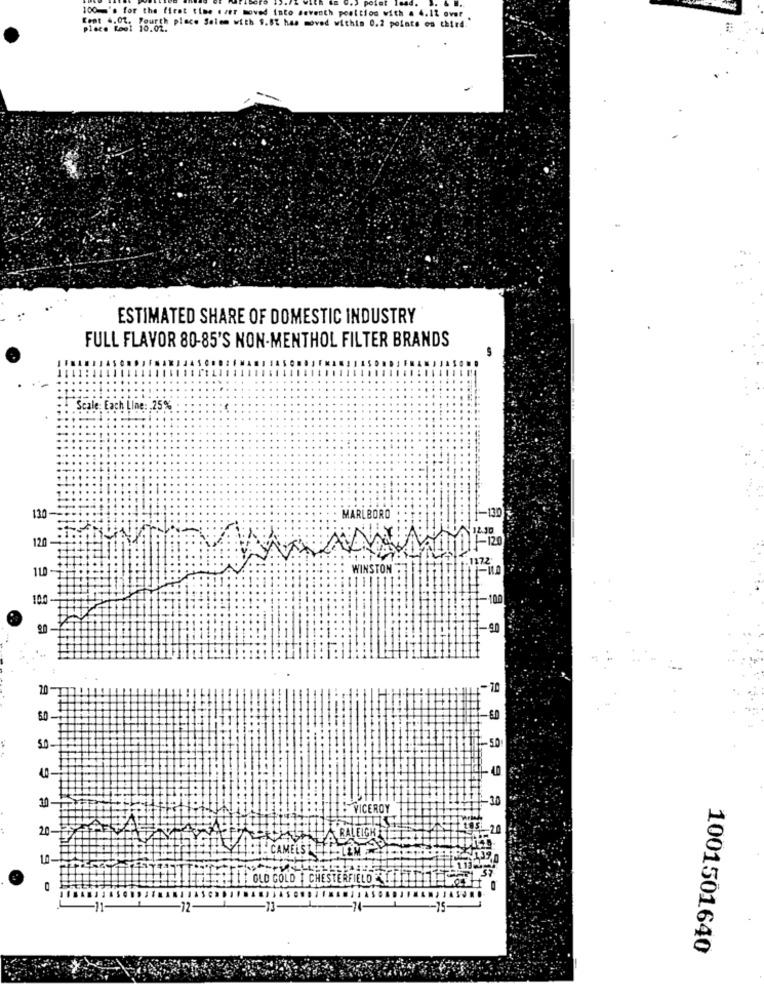
100 's for the first time ever moved into seventh position with a 4.12 over
DISC. ROSI 10.02.
Fourth place Salom with 9.8% has moved within 0.2 points on third.
ESTIMATED SHARE OF DOMESTIC INDUSTRY
FULL FLAVOR 80-85'S NON-MENTHOL FILTER BRANDS
Scale: Each Line: 25%
130
MARLBORO
120
1172
WINSTON
100
I-100
S
1-90
..
20
-10
1
50
10
.30
VICEROY
20
= 20
10-
CAMEEST
EL OLD GOLD | CHESTERFIELD -
12
-11.
-74-
-15-
1001501640